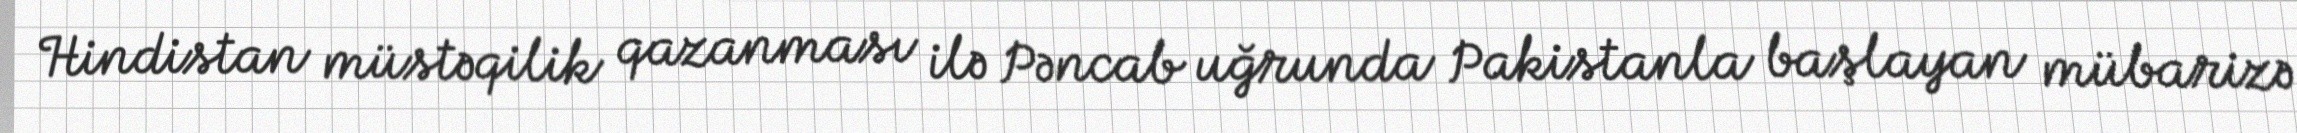
Hindistan müstəqilik qazanması ilə Pəncab uğrunda Pakistanla başlayan mübarizə